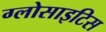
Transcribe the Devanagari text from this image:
ग्लोसाइटिस